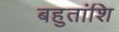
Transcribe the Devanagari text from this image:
बहुतांशि